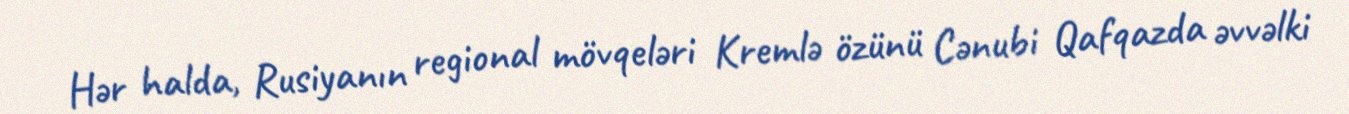
Hər halda, Rusiyanın regional mövqeləri Kremlə özünü Cənubi Qafqazda əvvəlki